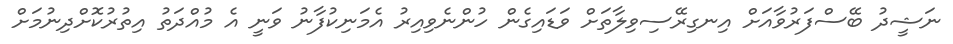
ނަޝީދު ބޭސްފަރުވާއަށް އިނގިރޭސިވިލާތަށް ވަޑައިގެން ހުންނެވިއިރު އެމަނިކުފާނު ވަނީ އެ މުއްދަތު އިތުރުކޮށްދިނުމަށް